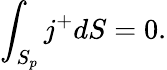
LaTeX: \int_{S_{p}}j^{+}dS=0.